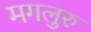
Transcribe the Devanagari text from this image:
मगलुरु